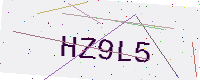
Text: HZ9L5